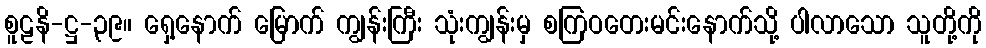
စူဠနိ-ဋ္ဌ-၃၉။ ရှေ့နောက် မြောက် ကျွန်းကြီး သုံးကျွန်းမှ စကြဝတေးမင်းနောက်သို့ ပါလာသော သူတို့ကို